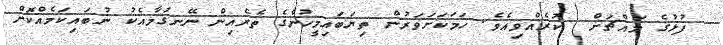
ފުޅުގެ މައްޗަށް  ކުރެއްވިއެވެ. ހަމަކަށަވަރުން ތިޔަބައިމީހުންގެ ތެރެއިން ނޭނގުމާއެކު ނުބައިކަމެއްކޮށް